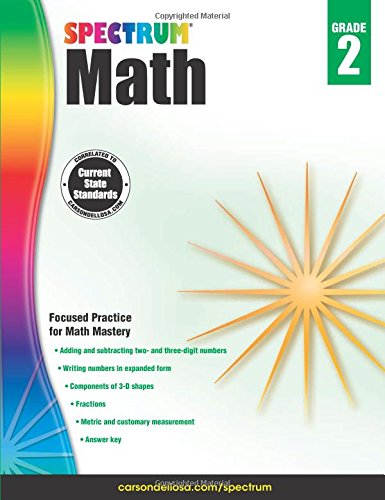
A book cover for Spectrum Math Workbook, Grade 2; Children's Books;